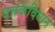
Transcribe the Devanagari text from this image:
दत्तकविधान